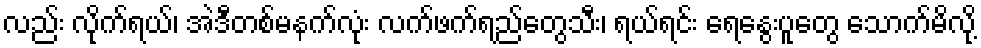
လည်း လိုက်ရယ်၊ အဲဒီတစ်မနက်လုံး လက်ဖက်ရည်တွေသီး၊ ရယ်ရင်း ရေနွေးပူတွေ သောက်မိလို့